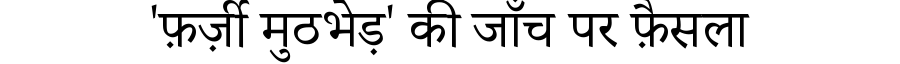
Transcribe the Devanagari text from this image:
'फ़र्ज़ी मुठभेड़' की जाँच पर फ़ैसला